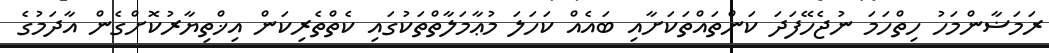
ރަމަޟާންމަހު ހިތްހަމަ ނުޖެހޭފަދަ ކަންތައްތަކަށާއި ބައެއް ކަހަލަ މުޢާމަލާތްތަކުގައި ކެތްތެރިކަން އިޚްތިޔާރުކޮށްގެން އާދަމުގެ